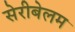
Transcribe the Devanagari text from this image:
सेरीबेलम